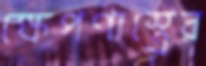
ক্ষেপণাস্ত্রের